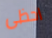
احظى